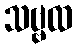
သဗ္ဗထ